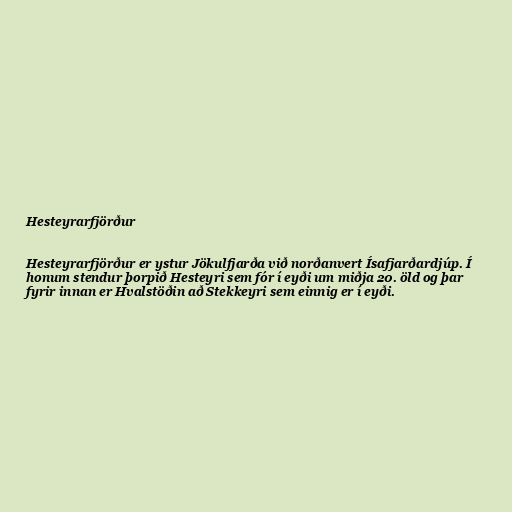
Hesteyrarfjörður

Hesteyrarfjörður er ystur Jökulfjarða við norðanvert Ísafjarðardjúp. Í
honum stendur þorpið Hesteyri sem fór í eyði um miðja 20. öld og þar
fyrir innan er Hvalstöðin að Stekkeyri sem einnig er í eyði.